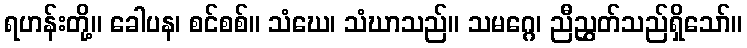
ရဟန်းတို့။ ခေါပန၊ စင်စစ်။ သံဃေ၊ သံဃာသည်။ သမဂ္ဂေ၊ ညီညွှတ်သည်ရှိသော်။